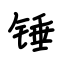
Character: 锤